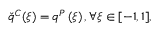
\check { q } ^ { C } ( \xi ) = q ^ { P } \left( \xi \right) , \forall \xi \in [ - 1 , 1 ] ,